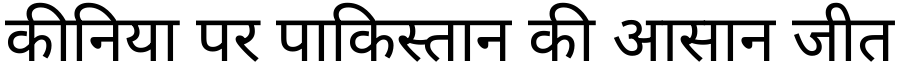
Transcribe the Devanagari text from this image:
कीनिया पर पाकिस्तान की आसान जीत